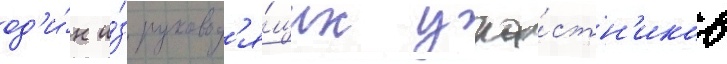
од'и́н и́з руковод'я́щих уча́стн'иков